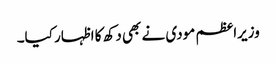
وزیراعظم مودی نے بھی دکھ کا اظہار کیا۔